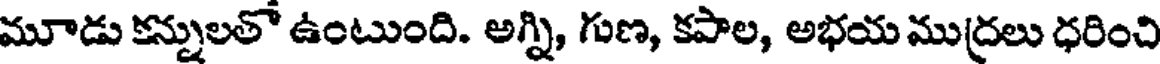
మూడు కన్నులతో ఉంటుంది. అగ్ని, గుణ, కపాల, అభయ ముద్రలు ధరించి